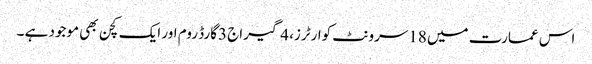
اس عمارت میں 18سرونٹ کوارٹرز، 4گیراج 3گارڈ روم اور ایک کچن بھی موجود ہے ۔